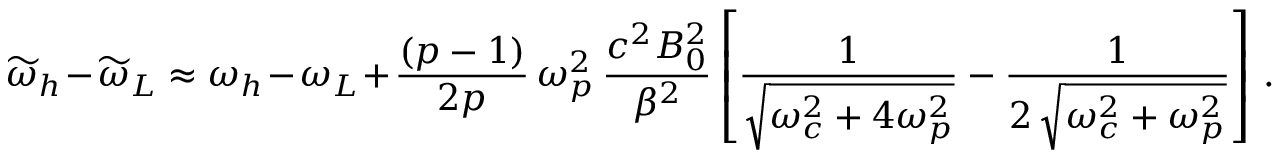
\widetilde { \omega } _ { h } - \widetilde { \omega } _ { L } \approx \omega _ { h } - \omega _ { L } + \frac { ( p - 1 ) } { 2 p } \, \omega _ { p } ^ { 2 } \, \frac { c ^ { 2 } B _ { 0 } ^ { 2 } } { \beta ^ { 2 } } \left[ \frac { 1 } { \sqrt { \omega _ { c } ^ { 2 } + 4 \omega _ { p } ^ { 2 } } } - \frac { 1 } { 2 \, \sqrt { \omega _ { c } ^ { 2 } + \omega _ { p } ^ { 2 } } } \right] \, .